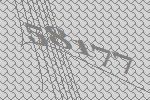
58177